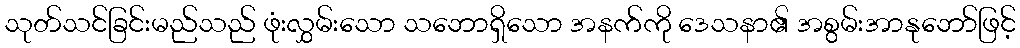
သုတ်သင်ခြင်းမည်သည် ဖုံးလွှမ်းသော သဘောရှိသော အနက်ကို ဒေသနာ၏ အစွမ်းအာနုဘော်ဖြင့်